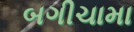
બગીચામા